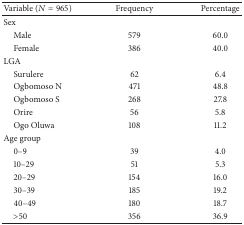
<table><thead><tr><td><b>Variable (<i>N</i> = 965)</b></td><td><b>Frequency</b></td><td><b>Percentage</b></td></tr></thead><tbody><tr><td>Sex</td><td> </td><td> </td></tr><tr><td> Male</td><td>579</td><td>60.0</td></tr><tr><td> Female</td><td>386</td><td>40.0</td></tr><tr><td>LGA</td><td> </td><td> </td></tr><tr><td> Surulere</td><td>62</td><td>6.4</td></tr><tr><td> Ogbomoso N</td><td>471</td><td>48.8</td></tr><tr><td> Ogbomoso S</td><td>268</td><td>27.8</td></tr><tr><td> Orire</td><td>56</td><td>5.8</td></tr><tr><td> Ogo Oluwa</td><td>108</td><td>11.2</td></tr><tr><td>Age group</td><td> </td><td> </td></tr><tr><td> 0–9</td><td>39</td><td>4.0</td></tr><tr><td> 10–29</td><td>51</td><td>5.3</td></tr><tr><td> 20–29</td><td>154</td><td>16.0</td></tr><tr><td> 30–39</td><td>185</td><td>19.2</td></tr><tr><td> 40–49</td><td>180</td><td>18.7</td></tr><tr><td> &gt;50</td><td>356</td><td>36.9</td></tr></tbody></table>